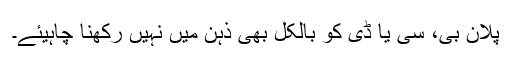
پلان بی، سی یا ڈی کو بالکل بھی ذہن میں نہیں رکھنا چاہیئے۔